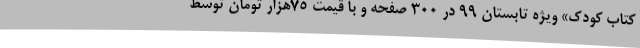
کتاب کودک» ویژه تابستان 99 در 300 صفحه و با قیمت 75هزار تومان توسط